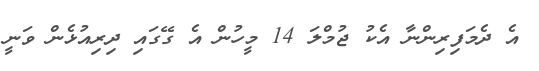
އެ ދެމަފިރިންނާ އެކު ޖުމްލަ 14 މީހުން އެ ގޭގައި ދިރިއުޅެން ވަނީ